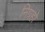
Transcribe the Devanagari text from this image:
निग्रहो